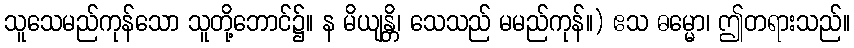
သူသေမည်ကုန်သော သူတို့ဘောင်၌။ န မိယျန္တိ၊ သေသည် မမည်ကုန်။) ဧသ ဓမ္မော၊ ဤတရားသည်။